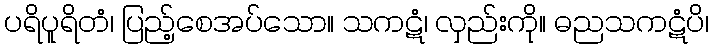
ပရိပူရိတံ၊ ပြည့်စေအပ်သော။ သကဋံ၊ လှည်းကို။ ဓညသကဋံပိ၊